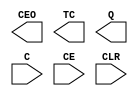
module CBD16CE(CEO,TC,Q,C,CE,CLR) /* synthesis syn_black_box */;
	output CEO, TC;
	output [15:0] Q;
	input C, CE, CLR;	
endmodule
module CBD16CLE(CEO,TC,Q,C,CE,CLR,D,L) /* synthesis syn_black_box */ ;
	output CEO, TC;
	output [15:0] Q;
	input C, CE, CLR;
	input [15:0] D;
	input L;	
endmodule
module CBD16CLED(CEO,TC,Q,C,CE,CLR,D,L,UP) /* synthesis syn_black_box */ ;
	output CEO, TC;
	output [15:0] Q;
	input C, CE, CLR;
	input [15:0] D;
	input L, UP;	
endmodule
module CBD16RE(CEO,TC,Q,C,CE,R) /* synthesis syn_black_box */ ;
	output CEO, TC;
	output [15:0] Q;
	input C, CE, R;	
endmodule
module CBD16RLE(CEO,TC,Q,C,CE,D,L,R) /* synthesis syn_black_box */ ;
	output CEO, TC;
	output [15:0] Q;
	input C, CE;
	input [15:0] D;
	input L, R;	
endmodule
module CBD16X1(CEU,CED,TCU,TCD,Q,C,CLR,D,L,CEOU,CEOD) /* synthesis syn_black_box */ ;
	output CEOU,CEOD,TCU,TCD;
	output [15:0] Q;
	input C, CEU,CED, CLR;
	input [15:0] D;
	input L;	
endmodule
module CBD16X2(CEU,CED,TCU,TCD,Q,C,R,D,L,CEOU,CEOD) /* synthesis syn_black_box */ ;
	output CEOU,CEOD,TCU,TCD;
	output [15:0] Q;
	input C, CEU,CED, R;
	input [15:0] D;
	input L;	
endmodule
module CBD2CE(CEO,TC,Q,C,CE,CLR) /* synthesis syn_black_box */ ;
	output CEO, TC;
	output [1:0] Q;
	input C, CE, CLR;	
endmodule
module CBD2CLE(CEO,TC,Q,C,CE,CLR,D,L) /* synthesis syn_black_box */ ;
	output CEO, TC;
	output [1:0] Q;
	input C, CE, CLR;
	input [1:0] D;
	input L;	
endmodule
module CBD2CLED(CEO,TC,Q,C,CE,CLR,D,L,UP) /* synthesis syn_black_box */ ;
	output CEO, TC;
	output [1:0] Q;
	input C, CE, CLR;
	input [1:0] D;
	input L, UP;	
endmodule
module CBD2RE(CEO,TC,Q,C,CE,R) /* synthesis syn_black_box */ ;
	output CEO, TC;
	output [1:0] Q;
	input C, CE, R;	
endmodule
module CBD2RLE(CEO,TC,Q,C,CE,D,L,R) /* synthesis syn_black_box */ ;
	output CEO, TC;
	output [1:0] Q;
	input C, CE;
	input [1:0] D;
	input L, R;	
endmodule
module CBD2X1(CEU,CED,TCU,TCD,Q,C,CLR,D,L,CEOU,CEOD) /* synthesis syn_black_box */ ;
	output CEOU,CEOD,TCU,TCD;
	output [1:0] Q;
	input C, CEU,CED, CLR;
	input [1:0] D;
	input L;	
endmodule
module CBD2X2(CEU,CED,TCU,TCD,Q,C,R,D,L,CEOU,CEOD) /* synthesis syn_black_box */ ;
	output CEOU,CEOD,TCU,TCD;
	output [1:0] Q;
	input C, CEU,CED, R;
	input [1:0] D;
	input L;	
endmodule
module CBD4CE(CEO,TC,Q,C,CE,CLR) /* synthesis syn_black_box */ ;
	output CEO, TC;
	output [3:0] Q;
	input C, CE, CLR;	
endmodule
module CBD4CLE(CEO,TC,Q,C,CE,CLR,D,L) /* synthesis syn_black_box */ ;
	output CEO, TC;
	output [3:0] Q;
	input C, CE, CLR;
	input [3:0] D;
	input L;	
endmodule
module CBD4CLED(CEO,TC,Q,C,CE,CLR,D,L,UP) /* synthesis syn_black_box */ ;
	output CEO, TC;
	output [3:0] Q;
	input C, CE, CLR;
	input [3:0] D;
	input L, UP;	
endmodule
module CBD4RE(CEO,TC,Q,C,CE,R) /* synthesis syn_black_box */ ;
	output CEO, TC;
	output [3:0] Q;
	input C, CE, R;	
endmodule
module CBD4RLE(CEO,TC,Q,C,CE,D,L,R) /* synthesis syn_black_box */ ;
	output CEO, TC;
	output [3:0] Q;
	input C, CE;
	input [3:0] D;
	input L, R;	
endmodule
module CBD4X1(CEU,CED,TCU,TCD,Q,C,CLR,D,L,CEOU,CEOD) /* synthesis syn_black_box */ ;
	output CEOU,CEOD,TCU,TCD;
	output [3:0] Q;
	input C, CEU,CED, CLR;
	input [3:0] D;
	input L;	
endmodule
module CBD4X2(CEU,CED,TCU,TCD,Q,C,R,D,L,CEOU,CEOD) /* synthesis syn_black_box */ ;
	output CEOU,CEOD,TCU,TCD;
	output [3:0] Q;
	input C, CEU,CED, R;
	input [3:0] D;
	input L;	
endmodule
module CBD8CE(CEO,TC,Q,C,CE,CLR) /* synthesis syn_black_box */ ;
	output CEO, TC;
	output [7:0] Q;
	input C, CE, CLR;	
endmodule
module CBD8CLE(CEO,TC,Q,C,CE,CLR,D,L) /* synthesis syn_black_box */ ;
	output CEO, TC;
	output [7:0] Q;
	input C, CE, CLR;
	input [7:0] D;
	input L;	
endmodule
module CBD8CLED(CEO,TC,Q,C,CE,CLR,D,L,UP) /* synthesis syn_black_box */ ;
	output CEO, TC;
	output [7:0] Q;
	input C, CE, CLR;
	input [7:0] D;
	input L, UP;	
endmodule
module CBD8RE(CEO,TC,Q,C,CE,R) /* synthesis syn_black_box */ ;
	output CEO, TC;
	output [7:0] Q;
	input C, CE, R;	
endmodule
module CBD8RLE(CEO,TC,Q,C,CE,D,L,R) /* synthesis syn_black_box */ ;
	output CEO, TC;
	output [7:0] Q;
	input C, CE;
	input [7:0] D;
	input L, R;	
endmodule
module CBD8X1(CEU,CED,TCU,TCD,Q,C,CLR,D,L,CEOU,CEOD) /* synthesis syn_black_box */ ;
	output CEOU,CEOD,TCU,TCD;
	output [7:0] Q;
	input C, CEU,CED, CLR;
	input [7:0] D;
	input L;	
endmodule
module CDD4CE(CEO,TC,Q,C,CE,CLR) /* synthesis syn_black_box */ ;
	output CEO;
	output TC;
	output [3:0] Q;
	input C;
	input CE;
	input CLR;
endmodule
module CDD4CLE(CEO,TC,Q,C,CE,CLR,D,L) /* synthesis syn_black_box */ ;
	output CEO;
	output TC;
	output [3:0] Q;
	input C;
	input CE;
	input CLR;
	input [3:0] D;
	input L;
endmodule
module CDD4RE(CEO,TC,Q,C,CE,R) /* synthesis syn_black_box */ ;
	output CEO;
	output TC;
	output [3:0] Q;
	input C;
	input CE;
	input R;
endmodule
module CDD4RLE(CEO,TC,Q,C,CE,R,D,L) /* synthesis syn_black_box */ ;
	output CEO;
	output TC;
	output [3:0] Q;
	input C;
	input CE;
	input R;
	input [3:0] D;
	input L;
endmodule
module CJD4CE(Q,C,CE,CLR) /* synthesis syn_black_box */ ;
	output [3:0] Q;
	input C, CE, CLR;	
endmodule
module CJD4RE(Q,C,CE,R) /* synthesis syn_black_box */ ;
	output [3:0] Q;
	input C, CE, R;	
endmodule
module CJD5CE(Q,C,CE,CLR) /* synthesis syn_black_box */ ;
	output [4:0] Q;
	input C, CE, CLR;	
endmodule
module CJD5RE(Q,C,CE,R) /* synthesis syn_black_box */ ;
	output [4:0] Q;
	input C, CE, R;	
endmodule
module CJD8CE(Q,C,CE,CLR) /* synthesis syn_black_box */ ;
	output [7:0] Q;
	input C, CE, CLR;	
endmodule
module CJD8RE(Q,C,CE,R) /* synthesis syn_black_box */ ;
	output [7:0] Q;
	input C, CE, R;	
endmodule
module FDD4 (C,D,Q)  /* synthesis syn_black_box */ ;
input C;
input [3:0] D ;
output [3:0] Q ;
endmodule
module FDD4CE (C,D,Q,CLR,CE)  /* synthesis syn_black_box */ ;
input C;
input CLR;
input CE;
input [3:0] D ;
output [3:0] Q ;
endmodule
module FDD4RE (C,R,CE,D,Q)  /* synthesis syn_black_box */ ;
input C;
input R;
input CE;
input [3:0] D ;
output [3:0] Q ;
endmodule
module FDD8 (C,D,Q)  /* synthesis syn_black_box */ ;
input C;
input [7:0] D ;
output [7:0] Q ;
endmodule
module FDD8CE (C,D,Q,CLR,CE)  /* synthesis syn_black_box */ ;
input C;
input CLR;
input CE;
input [7:0] D ;
output [7:0] Q ;
endmodule
module FDD8RE (C,R,CE,D,Q)  /* synthesis syn_black_box */ ;
input C;
input R;
input CE;
input [7:0] D ;
output [7:0] Q ;
endmodule
module FDD16 (C,D,Q)  /* synthesis syn_black_box */ ;
input C;
input [15:0] D ;
output [15:0] Q ;
endmodule
module FDD16CE (C,D,Q,CLR,CE)  /* synthesis syn_black_box */ ;
input C;
input CLR;
input CE;
input [15:0] D ;
output [15:0] Q ;
endmodule
module FDD16RE (C,R,CE,D,Q)  /* synthesis syn_black_box */ ;
input C;
input R;
input CE;
input [15:0] D ;
output [15:0] Q ;
endmodule
module FDDR (C,R,D,Q)  /* synthesis syn_black_box */ ;
input C;
input R;
input D ;
output Q ;
endmodule
module FDDRE (C,CE,R,D,Q)  /* synthesis syn_black_box */ ;
input C;
input CE;
input R;
input D ;
output Q ;
endmodule
module FDDRS (C,R,S,D,Q)  /* synthesis syn_black_box */ ;
input C;
input R;
input S;
input D ;
output Q ;
endmodule
module FDDRSE (C,CE,R,S,D,Q)  /* synthesis syn_black_box */ ;
input C;
input CE;
input R;
input S;
input D ;
output Q ;
endmodule
module FDDS (C,S,D,Q)  /* synthesis syn_black_box */ ;
input C;
input S;
input D ;
output Q ;
endmodule
module FDDSE (C,CE,S,D,Q)  /* synthesis syn_black_box */ ;
input C;
input CE;
input S;
input D ;
output Q ;
endmodule
module FDDSR (C,R,S,D,Q)  /* synthesis syn_black_box */ ;
input C;
input R;
input S;
input D ;
output Q ;
endmodule
module FDDSRE (C,CE,R,S,D,Q)  /* synthesis syn_black_box */ ;
input C;
input CE;
input R;
input S;
input D ;
output Q ;
endmodule
module FTDC (C,CLR,T,Q) ;
input C;
input CLR;
input T ;
output Q ;
endmodule
module FTDCE (C,CE,CLR,T,Q)  /* synthesis syn_black_box */ ;
input C;
input CE;
input CLR;
input T ;
output Q ;
endmodule
module FTDCLE (C,CE,CLR,L,D,T,Q)  /* synthesis syn_black_box */ ;
input C;
input CE;
input CLR;
input L;
input D ;
input T ;
output Q ;
endmodule
module FTDCLEX (C,CE,CLR,L,D,T,Q)  /* synthesis syn_black_box */ ;
input C;
input CE;
input CLR;
input L;
input D ;
input T ;
output Q ;
endmodule
module FTDCP (C,PRE,CLR,T,Q)  /* synthesis syn_black_box */ ;
input C;
input PRE;
input CLR;
input T ;
output Q ;
endmodule
module FTDCPE (C,PRE,CE,CLR,T,Q)  /* synthesis syn_black_box */ ;
input C;
input PRE;
input CE;
input CLR;
input T ;
output Q ;
endmodule
module FTDCPLE (C,PRE,CE,CLR,L,D,T,Q)  /* synthesis syn_black_box */ ;
input C;
input PRE;
input CE;
input CLR;
input L ;
input D ;
input T ;
output Q ;
endmodule
module FTDRSE (C,CE,R,S,T,Q)  /* synthesis syn_black_box */ ;
input C;
input CE;
input R;
input S;
input T ;
output Q ;
endmodule
module FTDRSLE (C,CE,R,S,L,D,T,Q)  /* synthesis syn_black_box */ ;
input C;
input CE;
input R;
input S;
input L;
input D;
input T ;
output Q ;
endmodule
module FTDSRE (C,CE,R,S,T,Q)  /* synthesis syn_black_box */ ;
input C;
input CE;
input R;
input S;
input T ;
output Q ;
endmodule
module FTDSRLE (C,CE,R,S,L,D,T,Q)  /* synthesis syn_black_box */ ;
input C;
input CE;
input R;
input S;
input L;
input D;
input T ;
output Q ;
endmodule
module FTDPE (C,CE,PRE,T,Q)  /* synthesis syn_black_box */ ;
input C;
input CE;
input PRE;
input T ;
output Q ;
endmodule
module FTDPLE (C,CE,PRE,L,D,T,Q)  /* synthesis syn_black_box */ ;
input C;
input CE;
input PRE;
input L;
input D ;
input T ;
output Q ;
endmodule
module SRD16CE(Q,C,CE,CLR,SLI) /* synthesis syn_black_box */ ;
	output [15:0] Q;
	input C, CE, CLR, SLI;	
endmodule
module SRD16CLE(Q,C,CE,CLR,SLI,L,D) /* synthesis syn_black_box */ ;
	output [15:0] Q;
	input [15:0] D;
	input C, CE, CLR, SLI, L;	
endmodule
module SRD16CLED(Q,C,CE,CLR,SLI,SRI,LEFT,L,D) /* synthesis syn_black_box */ ;
	output [15:0] Q;
	input [15:0] D;
	input C, CE, CLR, SLI, SRI, LEFT, L;	
endmodule
module SRD16RE(Q,C,CE,R,SLI) /* synthesis syn_black_box */ ;
	output [15:0] Q;
	input C, CE, R, SLI;	
endmodule
module SRD16RLE(Q,C,CE,R,SLI,L,D) /* synthesis syn_black_box */ ;
	output [15:0] Q;
	input [15:0] D;
	input C, CE, R, SLI, L;	
endmodule
module SRD16RLED(Q,C,CE,R,SLI,SRI,LEFT,L,D) /* synthesis syn_black_box */ ;
	output [15:0] Q;
	input [15:0] D;
	input C, CE, R, SLI, SRI, LEFT, L;	
endmodule
module SRD4CE(Q,C,CE,CLR,SLI) /* synthesis syn_black_box */ ;
	output [3:0] Q;
	input C, CE, CLR, SLI;	
endmodule
module SRD4CLE(Q,C,CE,CLR,SLI,L,D) /* synthesis syn_black_box */ ;
	output [3:0] Q;
	input [3:0] D;
	input C, CE, CLR, SLI, L;	
endmodule
module SRD4CLED(Q,C,CE,CLR,SLI,SRI,LEFT,L,D) /* synthesis syn_black_box */ ;
	output [3:0] Q;
	input [3:0] D;
	input C, CE, CLR, SLI, SRI, LEFT, L;	
endmodule
module SRD4RE(Q,C,CE,R,SLI) /* synthesis syn_black_box */ ;
	output [3:0] Q;
	input C, CE, R, SLI;	
endmodule
module SRD4RLE(Q,C,CE,R,SLI,L,D) /* synthesis syn_black_box */ ;
	output [3:0] Q;
	input [3:0] D;
	input C, CE, R, SLI, L;	
endmodule
module SRD4RLED(Q,C,CE,R,SLI,SRI,LEFT,L,D) /* synthesis syn_black_box */ ;
	output [3:0] Q;
	input [3:0] D;
	input C, CE, R, SLI, SRI, LEFT, L;	
endmodule
module SRD8CE(Q,C,CE,CLR,SLI) /* synthesis syn_black_box */ ;
	output [7:0] Q;
	input C, CE, CLR, SLI;	
endmodule
module SRD8CLE(Q,C,CE,CLR,SLI,L,D) /* synthesis syn_black_box */ ;
	output [7:0] Q;
	input [7:0] D;
	input C, CE, CLR, SLI, L;	
endmodule
module SRD8CLED(Q,C,CE,CLR,SLI,SRI,LEFT,L,D) /* synthesis syn_black_box */ ;
	output [7:0] Q;
	input [7:0] D;
	input C, CE, CLR, SLI, SRI, LEFT, L;	
endmodule
module SRD8RE(Q,C,CE,R,SLI) /* synthesis syn_black_box */ ;
	output [7:0] Q;
	input C, CE, R, SLI;	
endmodule
module SRD8RLE(Q,C,CE,R,SLI,L,D) /* synthesis syn_black_box */ ;
	output [7:0] Q;
	input [7:0] D;
	input C, CE, R, SLI, L;	
endmodule
module SRD8RLED(Q,C,CE,R,SLI,SRI,LEFT,L,D) /* synthesis syn_black_box */ ;
	output [7:0] Q;
	input [7:0] D;
	input C, CE, R, SLI, SRI, LEFT, L;	
endmodule